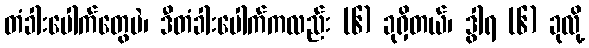
တံခါးပေါက်တွေပဲ၊ ဒီတံခါးပေါက်ကလည်း (၆) ခုရှိတယ်၊ ဒွါရ (၆) ခုလို့